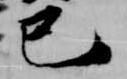
巳